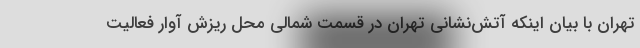
تهران با بیان اینکه آتش‌نشانی تهران در قسمت شمالی محل ریزش آوار فعالیت